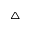
^ { \triangle }